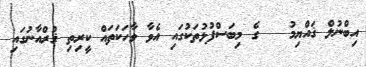
އިބްނުލް ޤައްޔިމު   ގެ މިބަސްފުޅުތަކުގައި އެވާ ވާހަކަތައް ކީރިތި ޤުރްއާނުގައި